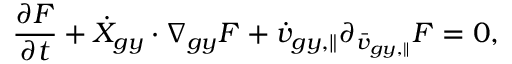
\frac { \partial F } { \partial t } + \dot { X } _ { g y } \boldsymbol { \cdot } \nabla _ { g y } F + \dot { v } _ { g y , \parallel } \partial _ { \bar { v } _ { g y , \parallel } } F = 0 ,